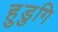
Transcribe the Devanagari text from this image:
हुडुगि